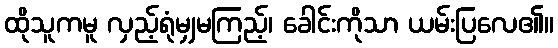
ထိုသူကမူ လှည့်ရုံမျှမကြည့်၊ ခေါင်းကိုသာ ယမ်းပြလေ၏။